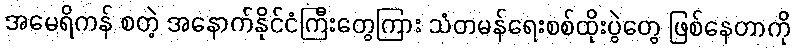
အမေရိကန် စတဲ့ အနောက်နိုင်ငံကြီးတွေကြား သံတမန်ရေးစစ်ထိုးပွဲတွေ ဖြစ်နေတာကို